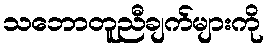
သဘောတူညီချက်များကို